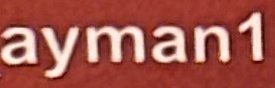
ayman1